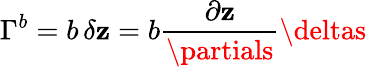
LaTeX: \Gamma^{b}=b\, \delta\mathbf{z}=b\frac{{\partial\mathbf{z}}}{{\partials}}\deltas